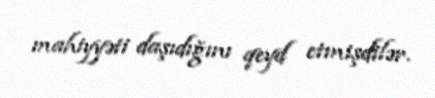
mahiyyəti daşıdığını qeyd etmişdilər.